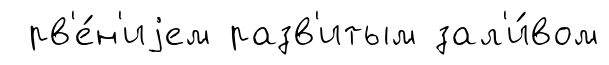
рв'е́н'иjем разв'итым зал'и́вом